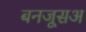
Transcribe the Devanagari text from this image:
बनजूसअ